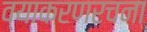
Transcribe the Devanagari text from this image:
व्याकरणरचना